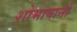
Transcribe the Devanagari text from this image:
शोभायानों